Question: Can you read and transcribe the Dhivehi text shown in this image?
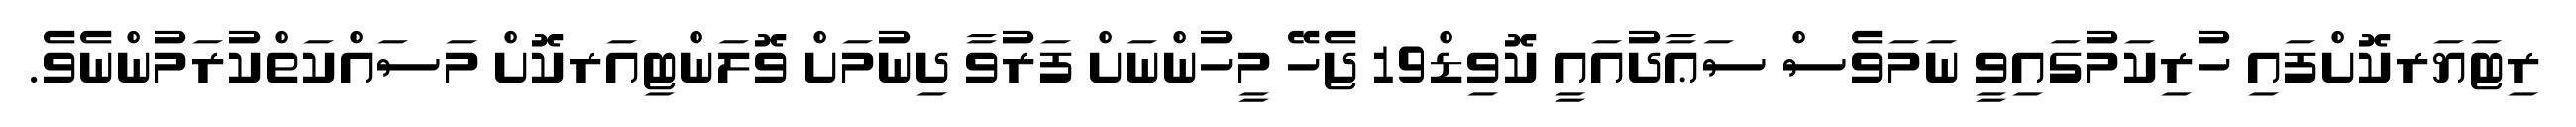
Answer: ރިޓަޔަރކޮށްފައި ހުރިކަމުގައިވީ ނަމަވެސް ސަޢާދުއައީ ކޮވިޑް19 ޖެހޭ މީހުންނަށް ފަރުވާ ދިނުމަށް ވޮލަންޓިއަރކޮށް މަސައްކަތްކުރަމުންނެވެ.